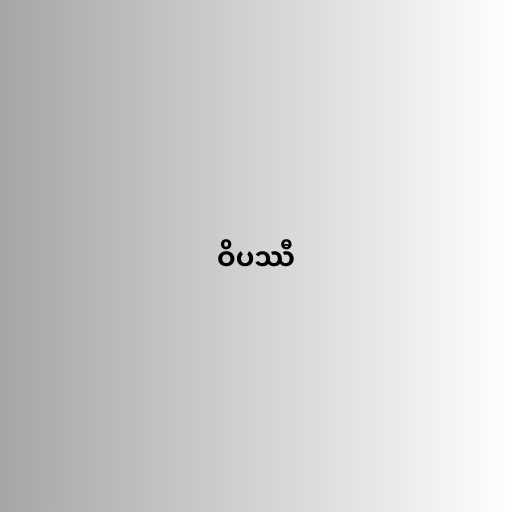
ဝိပဿီ